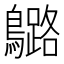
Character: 𪆬